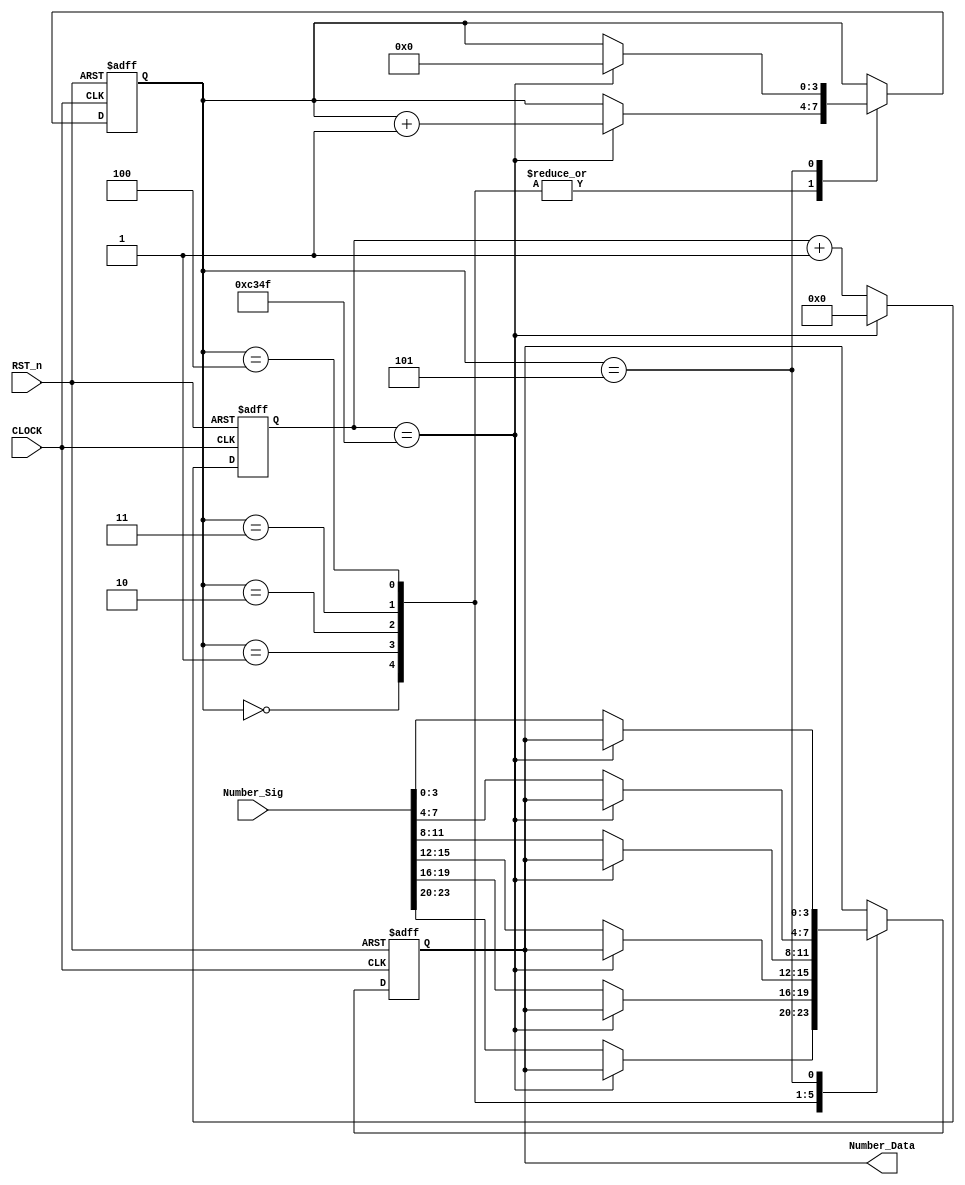
//****************************************************************************//
//# @Author: 
//# @Date:   2019-05-18 23:59:39
//# @Last Modified by:   zlk
//# @WeChat Official Account: OpenFPGA
//# @Last Modified time: 2019-07-21 03:53:39
//# Description: 
//# @Modification History: 2019-05-19 01:27:11
//# Date			    By			   Version			   Change Description: 
//# ========================================================================= #
//# 2019-05-19 01:27:11
//# ========================================================================= #
//# |                                          								| #
//# |                                OpenFPGA     							| #
//****************************************************************************//
module smg_control_module
(
    input CLOCK,
	 input RST_n,
	 input [23:0]Number_Sig,
	 output [3:0]Number_Data
);

    /******************************************/    
	 
	 parameter T1MS = 16'd49999;   // 1ms 
	 
	 /******************************************/  
	 //1ms 
	  reg [15:0]C1;
	 
	 always @ ( posedge CLOCK or negedge RST_n )
	     if( !RST_n )
		      C1 <= 16'd0;
		  else if( C1 == T1MS )
		      C1 <= 16'd0;
		  else
		      C1 <= C1 + 1'b1;
	 
	 /******************************************/ 
	 
	 reg [3:0]i;
	 reg [3:0]rNumber;
	 
	 always @ ( posedge CLOCK or negedge RST_n )
	     if( !RST_n )
		      begin
		          i <= 4'd0;
			    	 rNumber <= 4'd0;
				end
		  else 
		      case( i )
				
				    0:
					 if( C1 == T1MS ) i <= i + 1'b1;
					 else rNumber <= Number_Sig[23:20];
	
					 1:
					 if( C1 == T1MS ) i <= i + 1'b1;
					 else rNumber <= Number_Sig[19:16];
					 
					 2:
					 if( C1 == T1MS ) i <= i + 1'b1;
					 else rNumber <= Number_Sig[15:12];
					 
					 3:
					 if( C1 == T1MS ) i <= i + 1'b1;
					 else rNumber <= Number_Sig[11:8];
					 
					 4:
					 if( C1 == T1MS ) i <= i + 1'b1;
					 else rNumber <= Number_Sig[7:4];
					 
					 5:
					 if( C1 == T1MS ) i <= 4'd0;
					 else rNumber <= Number_Sig[3:0];
				
				endcase
				
    /******************************************/ 
	 
	 assign Number_Data = rNumber;
	 
	 /******************************************/
	 
endmodule